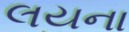
લયના